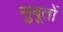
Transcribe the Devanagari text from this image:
सुबूतों